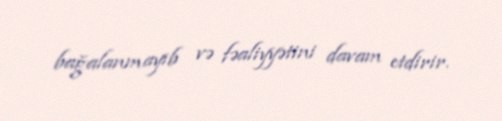
bağalanmayıb və fəaliyyətini davam etdirir.